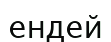
ендей